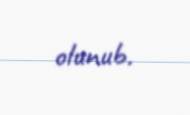
olunub.